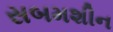
સબમશીન